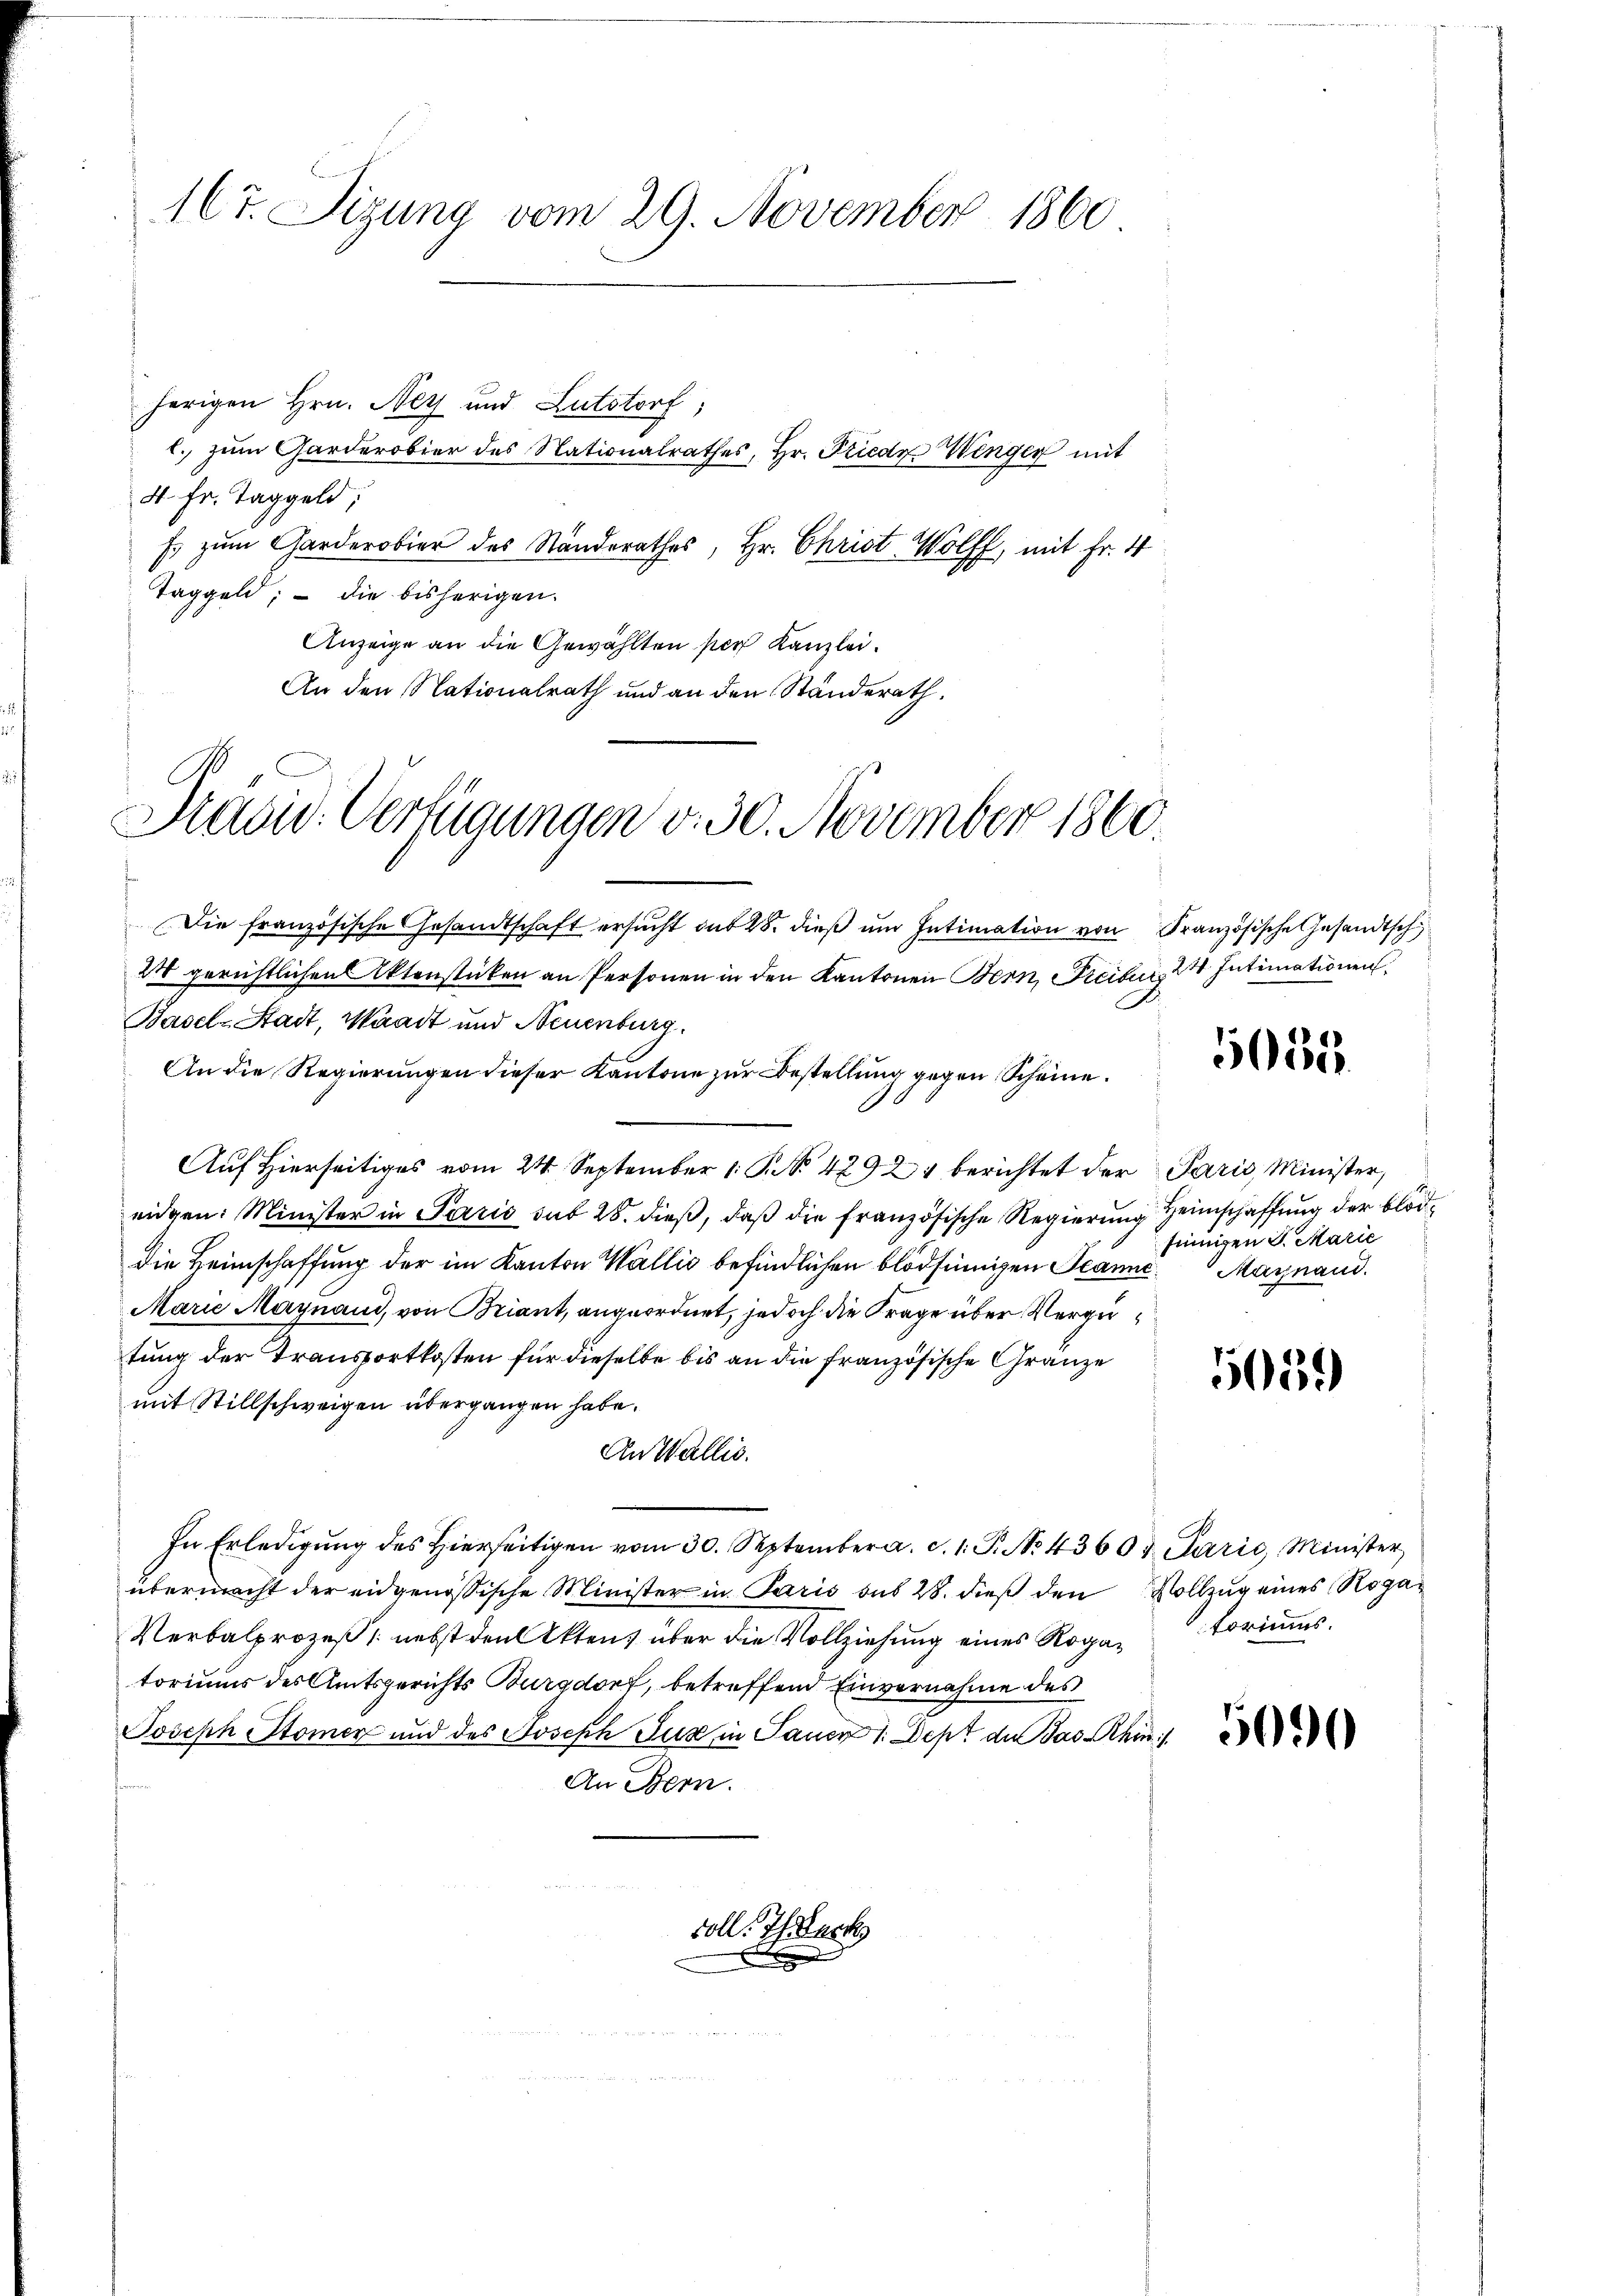
herigen Hrn. Ney und Lutstorf,
1. zum Garderobier des Nationalrathes, Hr. Friede Wenger mit
4. Fr. Taggeld;
Es zum Garderobier des Standerathes, Hr. Christ Wolff, mit Fr. 4
Taggeld; – die bisherigen.
Anzeige an die Gewählten per Kanzlei.
An den Nationalrath und an den Standerath

167. Sizung vom 29. November 1860

Präsid. Verfügungen v. 30. November 1860.

Die französische Gesandtschaft ersŭcht aus 28. dieβ ŭm Intimation von Französische Gesandtsch
24 gerichtlichen Aktenstücken an Personen in den Kantonen Bern, Freiber, 2 Intimationen
Basel-Stadt, Waadt und Neuenburg
An die Regierungen dieser Kantone zur Bestellung gegen Scheine.
Auf Hierseitiges vom 24. September 1 S. Nr. 42921 berichtet der Paris, Minister,
eidgen: Minister in Paris sub 28. dieß, daß die französische Regierung Heimschaffung der blöddie Heimschaffung der im Kanton Wallis befindlichen blödsinnigen Jeanne. Maynand.
Marie Maynaud, von Briant, angeordnet, jedoch die Frage über Vergütung der Transportkosten für dieselbe bis an die französische Gränze
mit Stillschweigen übergangen habe.
An Wallis.
In Erledigŭng des hierseitigen vom 30. September a. c. 1. B. No 43603 Parić, Minister
übermacht der eidgenössische Minister in Paris aus 28. dieß den Vollzug eines Roga¬
Verbalprozeß nebst den Aktens über die Vollziehung eines Rogatorius
toriums des Amtsgerichts Burgdorf, betreffend Einvernahme des
Joseph Stomer und des Joseph Zug in Sauer 1. Dept der Jas hin
An Bern.

soll. Ich erk

5655.

singen S. Marie

5059

5090